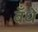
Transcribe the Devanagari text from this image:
बँधें